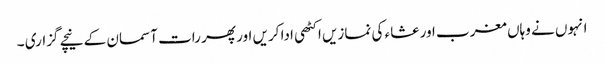
انہوں نے وہاں مغرب اور عشاء کی نمازیں اکٹھی ادا کریں اور پھر رات آسمان کے نیچے گزاری ۔